Tezpur Lunatic Asylum reports 1877-1894 - 1877-1894
Year: 1877
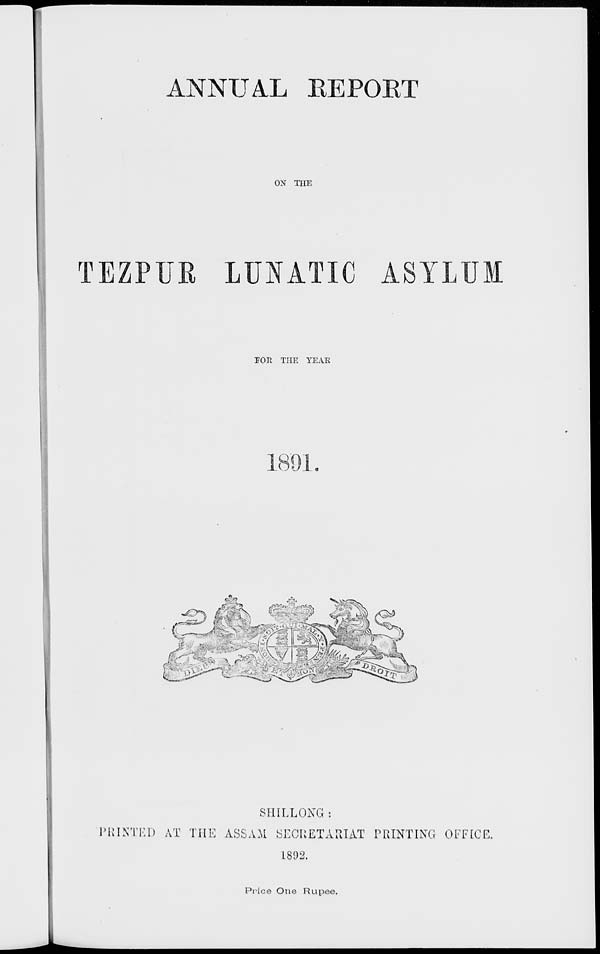
ANNUAL EEPOET
ON THE
TEZPUE LUNATIC ASYLUM
EOE THE YEAE
1891.
SIIILLONG :
PRINTED AT THE ASSAM SECRETARIAT PRINTING OFFICE.
1802.
Piice One Rupee.